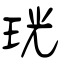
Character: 珖